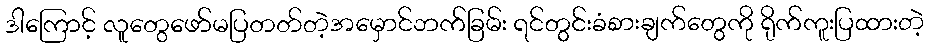
ဒါကြောင့် လူတွေဖော်မပြတတ်တဲ့အမှောင်ဘက်ခြမ်း ရင်တွင်းခံစားချက်တွေကို ရိုက်ကူးပြထားတဲ့